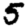
Digit: 5